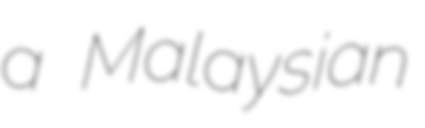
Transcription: a Malaysian